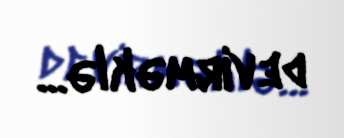
devirməklə...